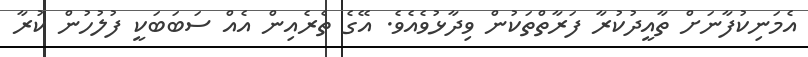
އެމަނިކުފާނަށް ތާއީދުކުރާ ފަރާތްތަކުން ވިދާޅުވެއެވެ. އޭގެ ތެރެއިން އެއް ސަބަބަކީ ފުލުހުން ކުރާ